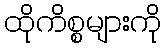
ထိုကိစ္စများကို